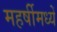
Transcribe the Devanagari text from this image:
महर्षीमध्यें